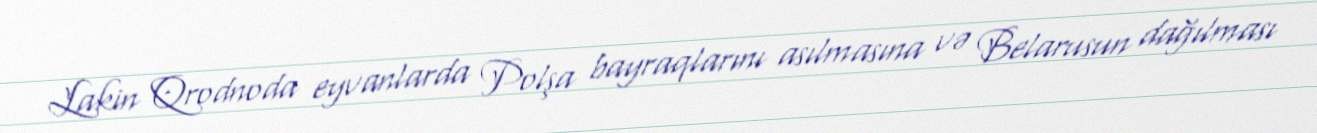
Lakin Qrodnoda eyvanlarda Polşa bayraqlarını asılmasına və Belarusun dağılması